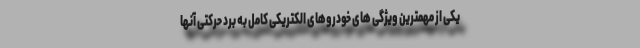
یکی از مهمترین ویژگی های خودروهای الکتریکی کامل به برد حرکتی آنها